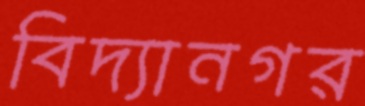
বিদ্যানগর